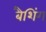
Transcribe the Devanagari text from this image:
बैशिंग